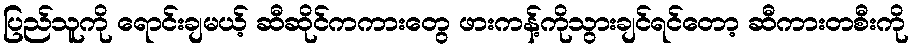
ပြည်သူကို ရောင်းချမယ့် ဆီဆိုင်ကကားတွေ ဖားကန့်ကိုသွားချင်ရင်တော့ ဆီကားတစီးကို